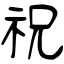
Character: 祝